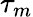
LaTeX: \tau_{m}